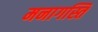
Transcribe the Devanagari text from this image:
मनागस्ति